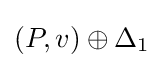
(P,v)\oplus \Delta _{1}